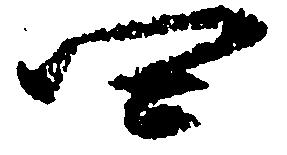
四